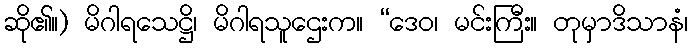
ဆို၏။) မိဂါရသေဋ္ဌိ၊ မိဂါရသူဌေးက။ “ဒေဝ၊ မင်းကြီး။ တုမှာဒိသာနံ၊